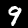
Label: 9